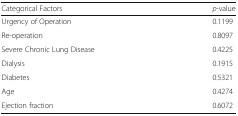
| Categorical Factors | p-value |
 | --- | --- |
 | Urgency of Operation | 0.1199 |
 | Re-operation | 0.8097 |
 | Severe Chronic Lung Disease | 0.4225 |
 | Dialysis | 0.1915 |
 | Diabetes | 0.5321 |
 | Age | 0.4274 |
 | Ejection fraction | 0.6072 |